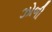
ઝોળી